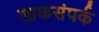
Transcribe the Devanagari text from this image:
लाकसंपर्क